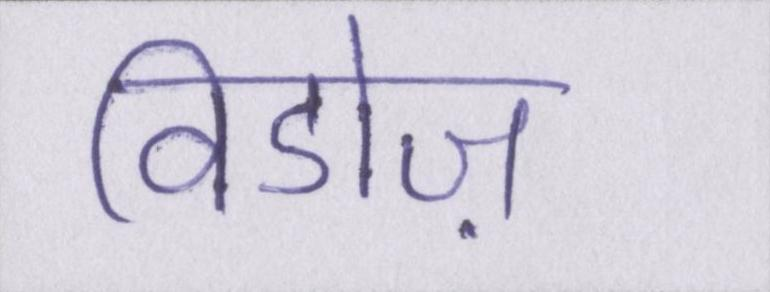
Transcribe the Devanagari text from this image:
विडोज़